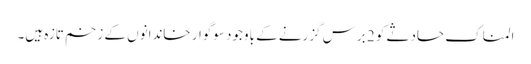
المناک حادثے کو 2 برس گزرنے کے باوجود سوگوار خاندانوں کے زخم تازہ ہیں۔